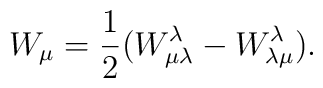
W_\mu=\frac{1}{2}(W^\lambda_{\mu\lambda}-W^\lambda_{\lambda\mu}).